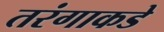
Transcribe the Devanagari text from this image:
तरंगाकडे